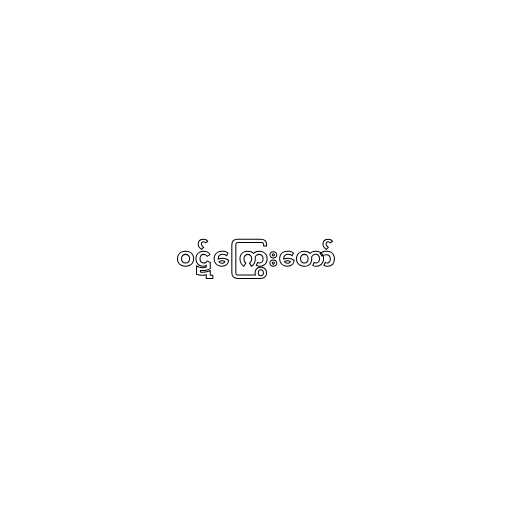
ဝဋ်ကြွေးတော်